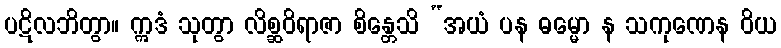
ပဋိလဘိတွာ။ ဣဒံ သုတွာ လိစ္ဆဝိရာဇာ စိန္တေသိ “အယံ ပန ဓမ္မော န သကုဏေန ဝိယ